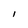
Character: l